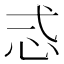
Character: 𢗥